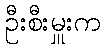
ဦးစီးမှူးက